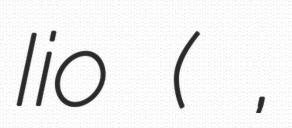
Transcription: Iio (飯尾 一慶,